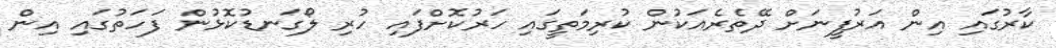
ކާރުގައި އިން އަރުފީނަށް ދޭތެރެއަކުން ކުރިމަތީގައި ހަރުކޮށްފައި ހުރި ލޯގަނޑުކޮޅުން ފަހަތުގައި އިން